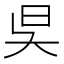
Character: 𣅔